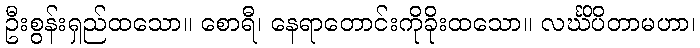
ဦးစွန်းရှည်ထသော။ စောရီ၊ နေရာတောင်းကိုခိုးထသော။ လင်္ဃိပိတာမဟာ၊